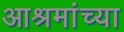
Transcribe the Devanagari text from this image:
आश्रमांच्या